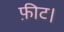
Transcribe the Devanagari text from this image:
फ़ीट।